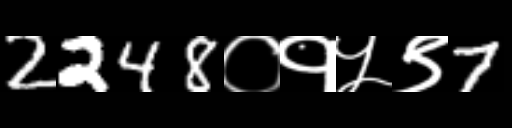
Text: 2248०१५९7